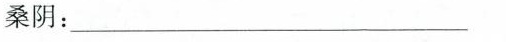
桑阴：___